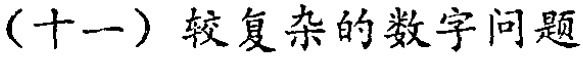
（十一）较复杂的数字问题